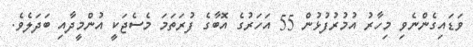
ވަޑައިގެންނެވި މިހާރު އުމުރުފުޅުން 55 އަހަރުގެ އޮބާގެ ފުރަތަމަ މެސެޖަކީ އުންމީދާއި ބަދަލެވެ.